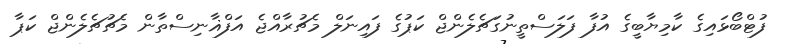
ފުޓްބޯޅައިގެ ކާމިޔާބީގެ އުފާ ފަލަސްތީނުގަޗެލެންޖް ކަޕުގެ ފައިނަލް މެޗުރާއްޖެ އަފްޣާނިސްތާން މެޗުޗެލެންޖް ކަޕާ